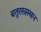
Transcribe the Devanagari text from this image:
चतुरस्त्रस्थान